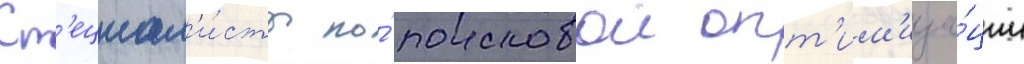
Сп'ециал'и́сты по́ поисковои опт'им'иза́ции